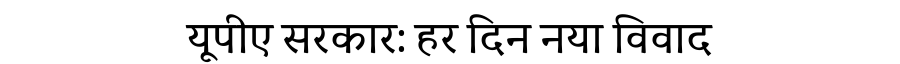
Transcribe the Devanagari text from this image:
यूपीए सरकार: हर दिन नया विवाद